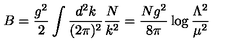
B = \frac { g ^ { 2 } } { 2 } \int \frac { d ^ { 2 } k } { ( 2 \pi ) ^ { 2 } } \frac { N } { k ^ { 2 } } = \frac { N g ^ { 2 } } { 8 \pi } \log { \frac { \Lambda ^ { 2 } } { \mu ^ { 2 } } }